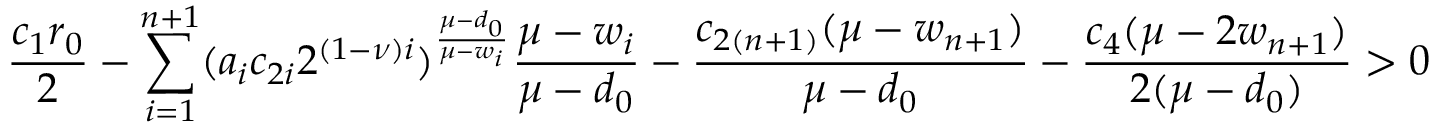
\frac { c _ { 1 } r _ { 0 } } { 2 } - \sum _ { i = 1 } ^ { n + 1 } ( a _ { i } c _ { 2 i } 2 ^ { ( 1 - \nu ) i } ) ^ { \frac { \mu - d _ { 0 } } { \mu - w _ { i } } } \frac { \mu - w _ { i } } { \mu - d _ { 0 } } - \frac { c _ { 2 ( n + 1 ) } ( \mu - w _ { n + 1 } ) } { \mu - d _ { 0 } } - \frac { c _ { 4 } ( \mu - 2 w _ { n + 1 } ) } { 2 ( \mu - d _ { 0 } ) } > 0